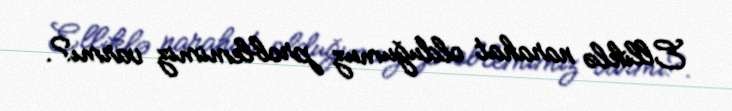
Elliklə narahat olduğumuz problemimiz varmı?.